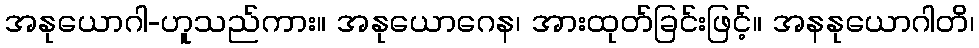
အနုယောဂါ-ဟူသည်ကား။ အနုယောဂေန၊ အားထုတ်ခြင်းဖြင့်။ အနနုယောဂါတိ၊